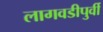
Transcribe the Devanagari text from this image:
लागवडीपुर्वी